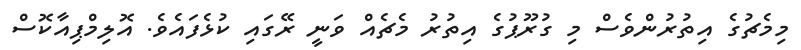
މިމެޗުގެ އިތުރުންވެސް މި ގުރޫޕުގެ އިތުރު މެޗެއް ވަނީ ރޭގައި ކުޅެފައެވެ. އޮލިމްޕިއާކޮސް